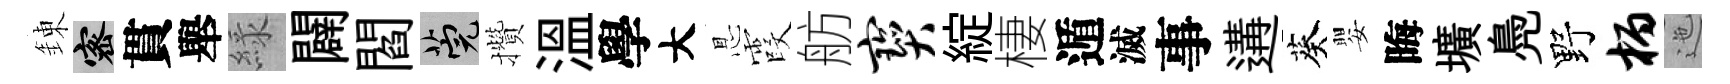
錬密貫舉緑闢閻筦攢溫學大㤙霞舫宝綻棲遁滅事遘葵嬰晦壙鳧野柄迤